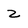
Character: Z